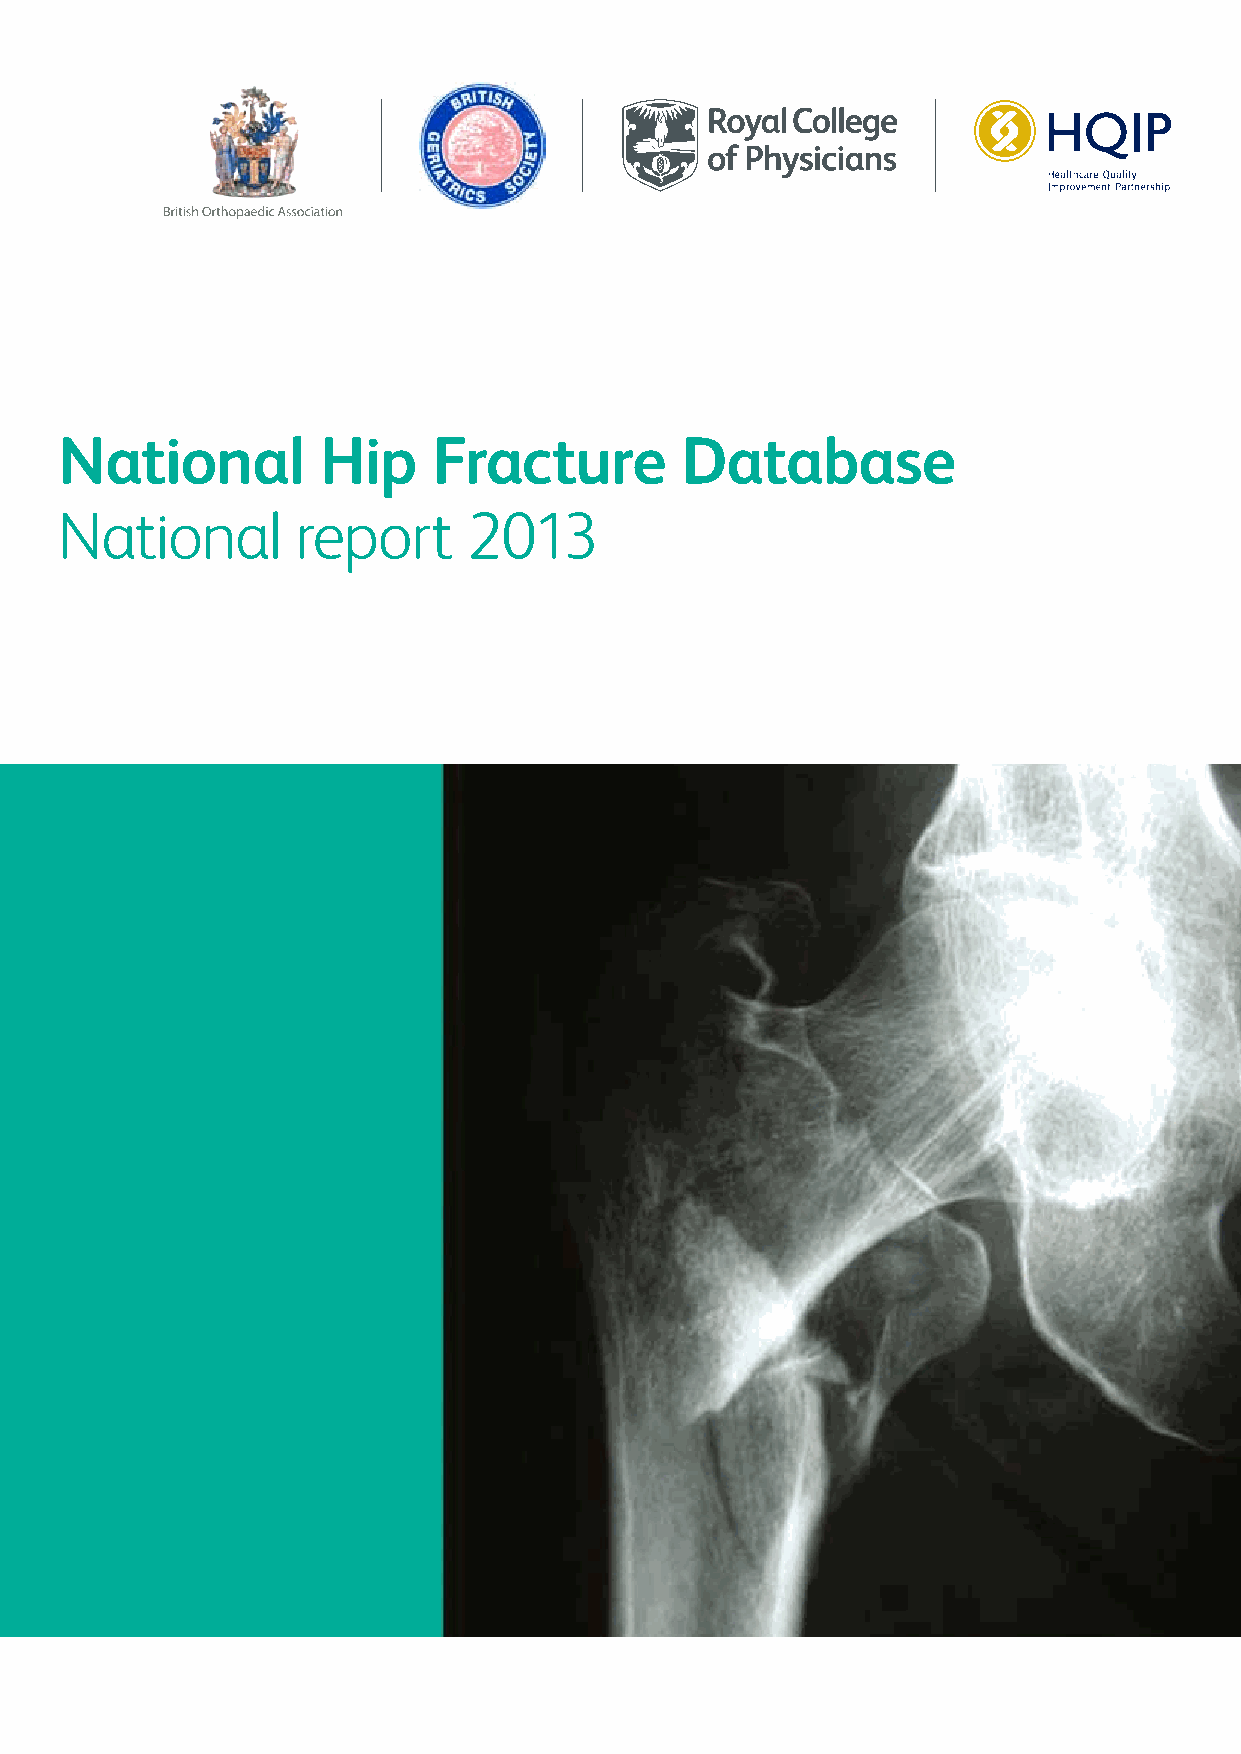
National         Hip     Fracture        Database
 National         Hip     Fracture         Database
 National        report     2013
 National        report     2013